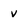
Character: v